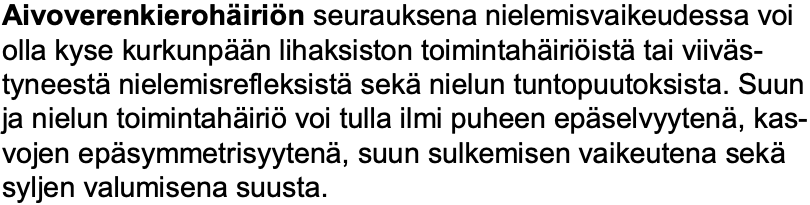
Aivoverenkierohäiriön seurauksena nielemisvaikeudessa voi olla kyse kurkunpään lihaksiston toimintahäiriöistätai viiväs- tyneestänielemisrefleksistäsekänielun tuntopuutoksista. Suun ja nielun toimintahäiriövoi tulla ilmi puheen epäselvyytenä, kas- vojen epäsymmetrisyytenä, suun sulkemisen vaikeutena sekä syljen valumisena suusta.